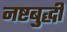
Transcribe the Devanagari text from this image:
नष्टबुद्धी